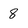
Character: 8